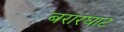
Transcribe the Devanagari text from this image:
बरारघाट